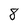
Character: 8